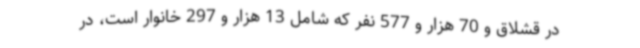
در قشلاق و 70 هزار و 577 نفر که شامل 13 هزار و 297 خانوار است، در